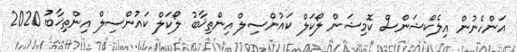
އަންހެނުން އިލެކްޝަންސް ކޮމިޝަން ލޯކަލް ކައުންސިލް އިންތިޚާބު ލޯކަލް ކައުންސިލް އިންތިޚާބު 2020